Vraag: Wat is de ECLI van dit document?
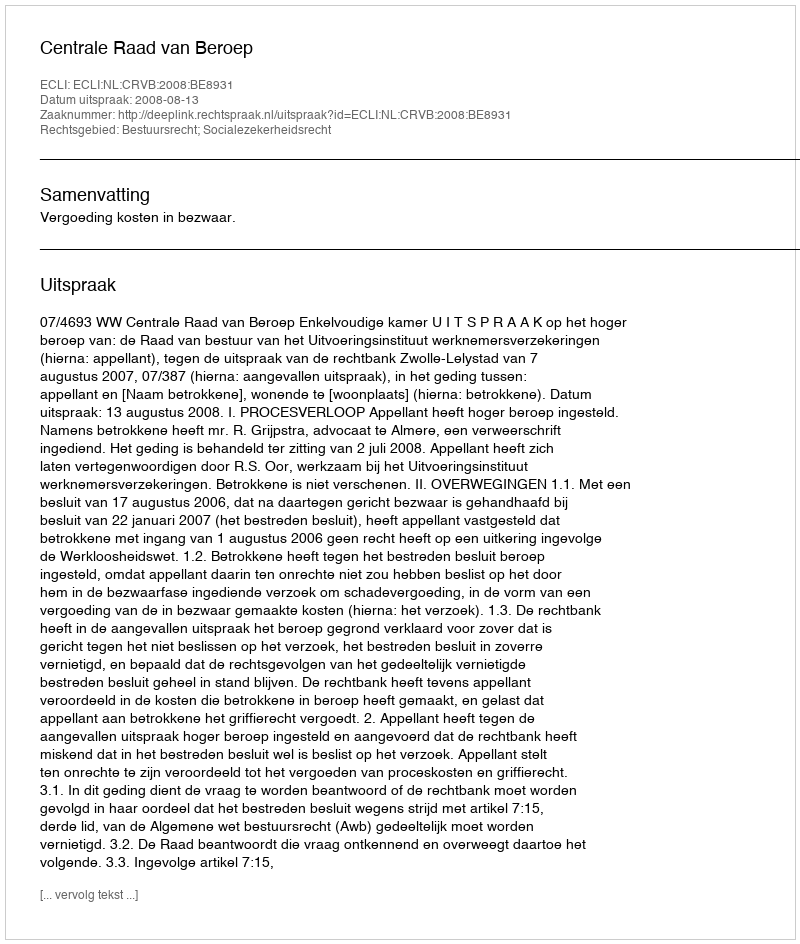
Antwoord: ECLI:NL:CRVB:2008:BE8931